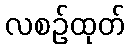
လစဉ်ထုတ်